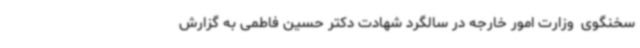
سخنگوی  وزارت امور خارجه در سالگرد شهادت دکتر حسین فاطمی به گزارش